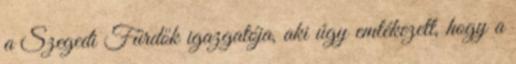
a Szegedi Fürdők igazgatója, aki úgy emlékezett, hogy a